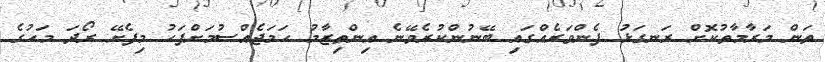
ތަން މަރާމާތުކޮށް ރަނގަޅު ފެންވަރެއްގައި ބޭނުންކުރެވޭނެ އިންތިޒާމު ހަމަޖެއްސުމަށްފަހު މިފެށޭ ރޯދަ މަހުގެ